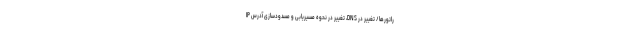
راتورها/ تغییر در DNS، تغییر در نحوه مسیریابی و مسدودسازی آدرس IP